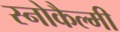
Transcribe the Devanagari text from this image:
स्नोकैल्मी